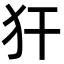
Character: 犴